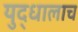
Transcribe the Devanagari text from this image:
युद्धालाच